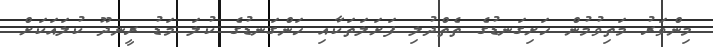
މިންވަރު މަތިވުމުން ހަށިގަނޑުގެ ތެތްދުލި ފަށަލަތަކާއި ހަންގަނޑުގެ ކުލަ މަޑު ރީނދޫ ކުލައަކަށް